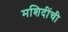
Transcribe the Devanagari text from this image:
मशिदींची